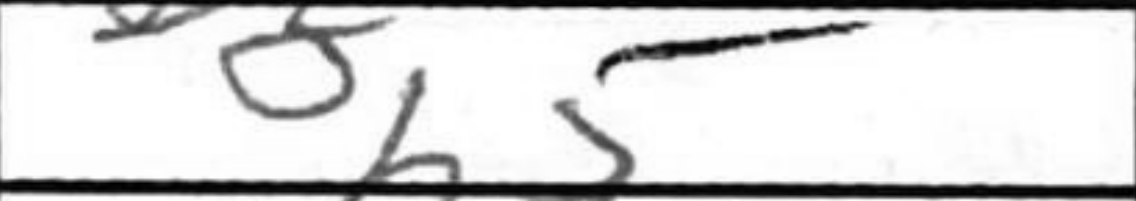
Transcription: b5